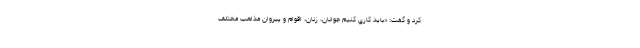
كرد و گفت: «بايد كاري كنيم جوانان، زنان، اقوام و پيروان مذاهب مختلف